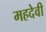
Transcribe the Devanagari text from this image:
महदेवी